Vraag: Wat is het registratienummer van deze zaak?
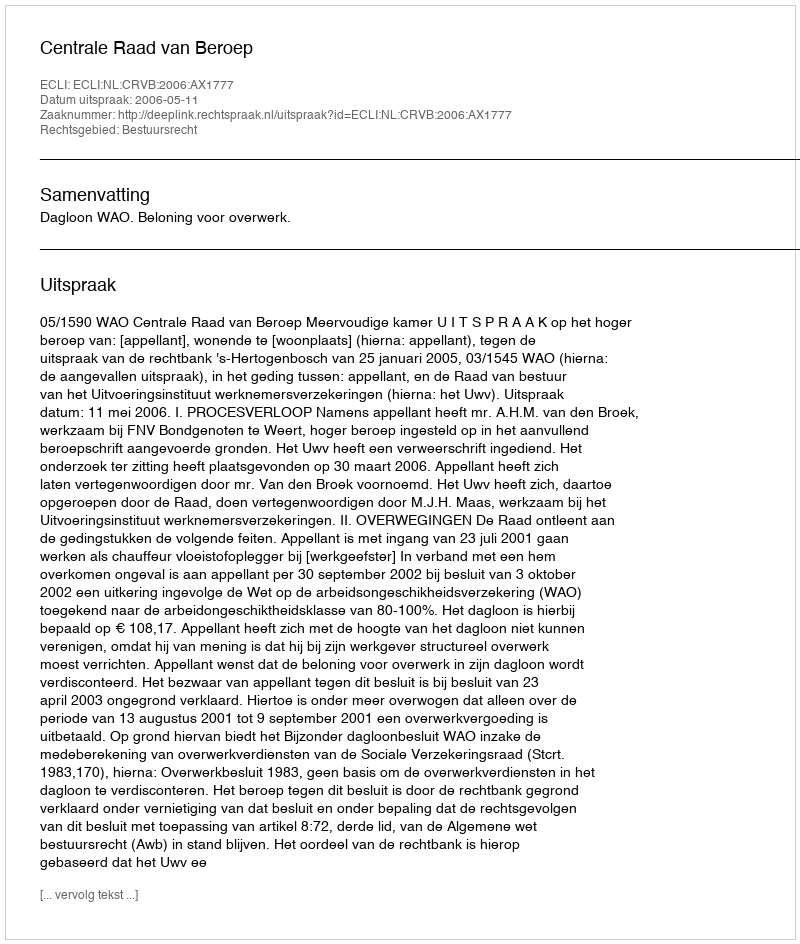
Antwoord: http://deeplink.rechtspraak.nl/uitspraak?id=ECLI:NL:CRVB:2006:AX1777